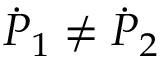
{ \dot { P } } _ { 1 } \not = { \dot { P } } _ { 2 }